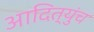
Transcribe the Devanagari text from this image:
आदित्युंच